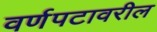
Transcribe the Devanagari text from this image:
वर्णपटावरील